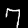
Digit: 7